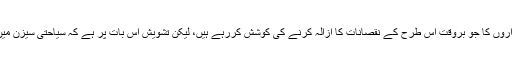
وہ تو بھلا ہو منصوبے پر کام کرنے والے ذمہ داروں کا جو بروقت اس طرح کے نقصانات کا ازالہ کرنے کی کوشش کررہے ہیں، لیکن تشویش اس بات پر ہے کہ سیاحتی سیزن میں لاکھوں کی تعداد میں سیاح وادی کالام آتے ہیں۔